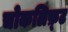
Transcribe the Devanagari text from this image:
चोकलिफ़्ट